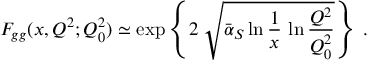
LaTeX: F _ { g g } ( x , Q ^ { 2 } ; Q _ { 0 } ^ { 2 } ) \simeq \exp \left\{ 2 \; \sqrt { { \bar { \alpha } } _ { S } \ln \frac { 1 } { x } \, \ln \frac { Q ^ { 2 } } { Q _ { 0 } ^ { 2 } } } \right\} \; .